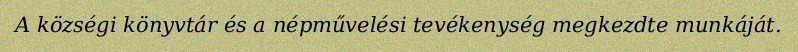
A községi könyvtár és a népművelési tevékenység megkezdte munkáját.